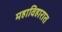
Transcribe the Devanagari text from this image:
महाविहारात